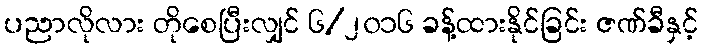
ပညာလိုလား တိုစေပြီးလျှင် ၆/၂၀၁၆ ခန့်ထားနိုင်ခြင်း ဇဏ်ခီနှင့်